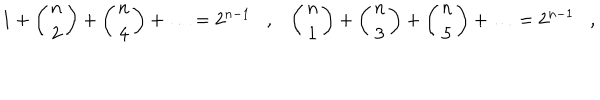
1 + \left( \begin{array} { c } { { n } } \\ { { 2 } } \\ \end{array} \right) + \left( \begin{array} { c } { { n } } \\ { { 4 } } \\ \end{array} \right) + \ldots = 2 ^ { n - 1 } \, \, \, \, \, , \, \, \, \, \, \left( \begin{array} { c } { { n } } \\ { { 1 } } \\ \end{array} \right) + \left( \begin{array} { c } { { n } } \\ { { 3 } } \\ \end{array} \right) + \left( \begin{array} { c } { { n } } \\ { { 5 } } \\ \end{array} \right) + \ldots = 2 ^ { n - 1 } \, \, \, \, \, , \, \, \, \, \,